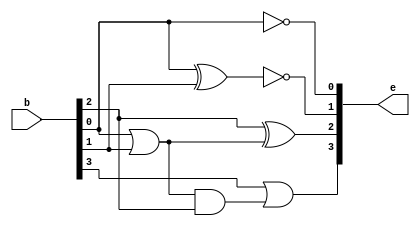
module bcd_to_excess_3(e, b);
    input  [3:0] b;

    output [3:0] e;

    wire or_b0_b1;
    wire and_orb0b1_b2;

    not(e[0], b[0]);
    xnor(e[1], b[0], b[1]);

    or(or_b0_b1, b[0], b[1]);
    xor(e[2], b[2], or_b0_b1);

    and(and_orb0b1_b2, or_b0_b1, b[2]);
    or(e[3], b[3], and_orb0b1_b2);
endmodule

module bcd_to_excess_3_test;
    reg  [3:0] b;
    wire [3:0] e;

    bcd_to_excess_3 bte(e, b);

    initial begin
        #0  b = 4'b0000;
        #50 b = 4'b100;
        #50 b = 4'b101;
        #50 b = 4'b111;
        #50 b = 4'b1001;
        #50 b = 4'b1101;
    end
endmodule